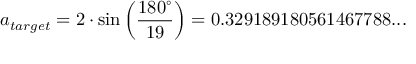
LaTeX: a _ { t a r g e t } = 2 \cdot \sin \left( { \frac { 1 8 0 ^ { \circ } } { 1 9 } } \right) = 0 . 3 2 9 1 8 9 1 8 0 5 6 1 4 6 7 7 8 8 . . .